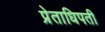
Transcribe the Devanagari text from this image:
प्रेताधिपती